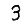
Digit: 3